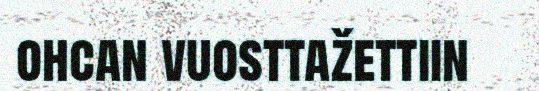
ohcan vuosttažettiin